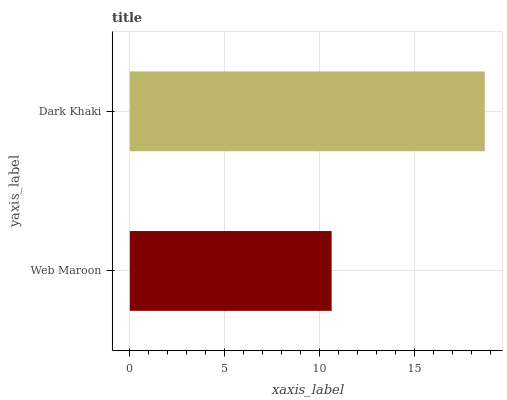
| yaxis_label | bars |
 | --- | --- |
 | Web Maroon | 10.6 |
 | Dark Khaki | 18.7 |